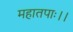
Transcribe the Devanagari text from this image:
महातपाः।।